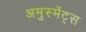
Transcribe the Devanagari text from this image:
अमुस्मेंट्स